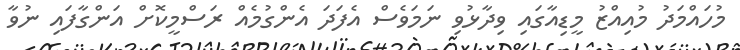
މުހައްމަދު މުއިއްޒު މީޑިއާގައި ވިދާޅުވި ނަމަވެސް އެފަދަ އެންގުމެއް ރަސްމީކޮށް އަންގާފައި ނުވާ